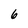
Character: 6